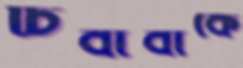
চিবাবাকে